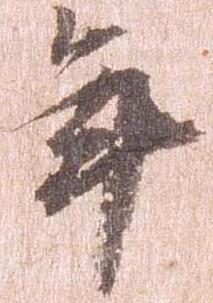
年